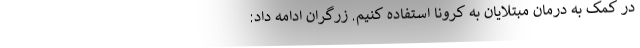
در کمک به درمان مبتلایان به کرونا استفاده کنیم. زرگران ادامه داد: